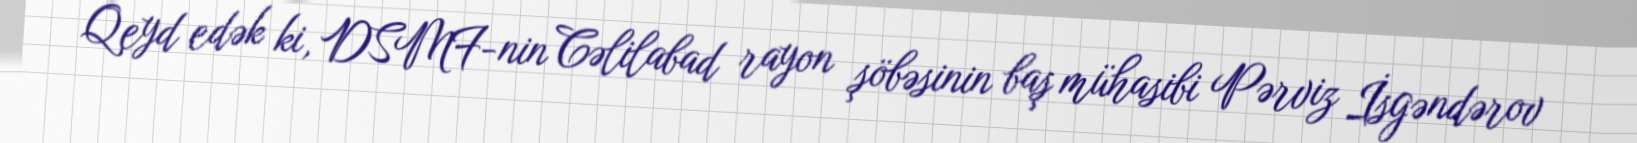
Qeyd edək ki, DSMF-nin Cəlilabad rayon şöbəsinin baş mühasibi Pərviz İsgəndərov